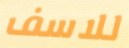
للاسف